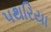
પથરિયા